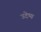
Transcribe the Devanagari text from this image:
उदेष्य